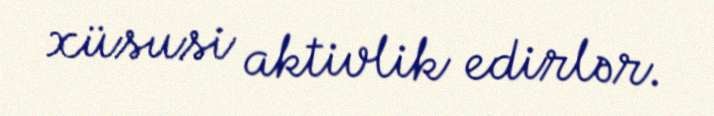
xüsusi aktivlik edirlər.